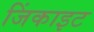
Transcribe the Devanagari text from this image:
जिंकाइट